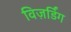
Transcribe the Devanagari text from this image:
विज़र्डिंग